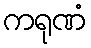
ကရုဏံ